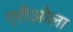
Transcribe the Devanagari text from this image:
एरीओला